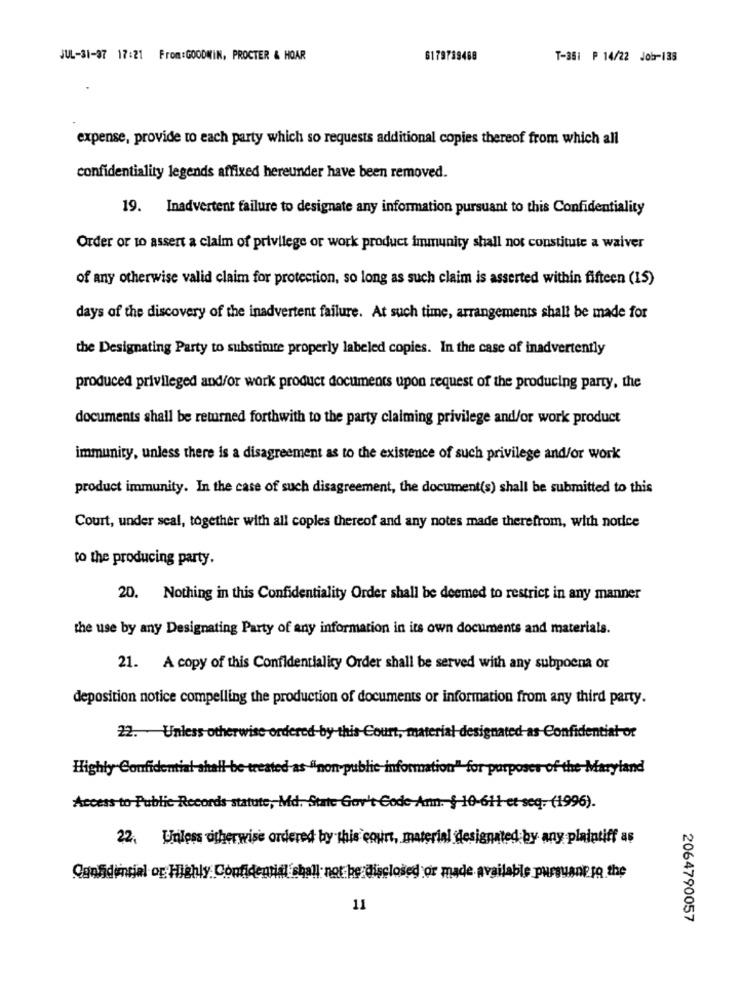
JUL-31-97 17:21 From:GOODWIN, PROCTER & HOAR
6179739488
T-351 P 14/22 Job-138
expense, provide to each party which so requests additional copies thereof from which all
confidentiality legends affixed hereunder have been removed.
19. Inadvertent failure to designate any information pursuant to this Confidentiality
Order or to assert a claim of privilege or work product immunity shall not constitute a waiver
of any otherwise valid claim for protection, so long as such claim is asserted within fifteen (15)
days of the discovery of the inadvertent failure. At such time, arrangements shall be made for
the Designating Party to substitute properly labeled copies. In the case of inadvertently
produced privileged and/or work product documents upon request of the producing party, the
documents shall be returned forthwith to the party claiming privilege and/or work product
immunity, unless there is a disagreement as to the existence of such privilege and/or work
product immunity. In the case of such disagreement, the document(s) shall be submitted to this
Court, under seal, together with all copies thereof and any notes made therefrom, with nodce
to the producing party.
20. Nothing in this Confidentiality Order shall be deemed to restrict in any manner
the use by any Designating Party of any information in its own documents and materials.
21. A copy of this Confidentiality Order shall be served with any subpoena or
deposition notice compelling the production of documents or information from any third party.
designated as-Confidential or
22. Unless otherwise ordered-by-this-Court, materi
Highly Confidential shall be treated as "non-
for purposes of the Maryland
Access to Public Records statute, Md. State Gov't Code-Ann. § 10-611 et seq. (1996).
22. Unless otherwise ordered by this court, material designated by any plaintiff as
Confidential or Highly Confidential shall not be di
ed or made available pursusne to the
11
2064790057